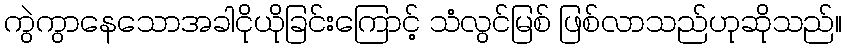
ကွဲကွာနေသောအခါငိုယိုခြင်းကြောင့် သံလွင်မြစ် ဖြစ်လာသည်ဟုဆိုသည်။